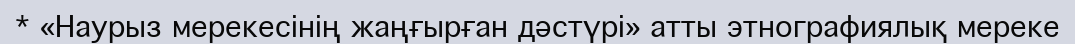
* «Наурыз мерекесінің жаңғырған дәстүрі» атты этнографиялық мереке